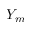
Y _ { m }